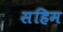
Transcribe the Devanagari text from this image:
सहिम